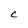
Character: C